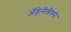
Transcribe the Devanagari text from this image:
अँड्रेनॅलीनने